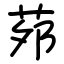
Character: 茒